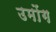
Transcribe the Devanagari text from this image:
उमोंग